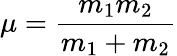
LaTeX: \mu={\frac{m_{1}m_{2}}{m_{1}+m_{2}}}